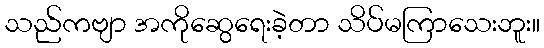
သည်ကဗျာ အကိုဆွေရေးခဲ့တာ သိပ်မကြာသေးဘူး။